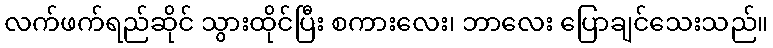
လက်ဖက်ရည်ဆိုင် သွားထိုင်ပြီး စကားလေး၊ ဘာလေး ပြောချင်သေးသည်။